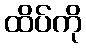
ထိပ်ကို